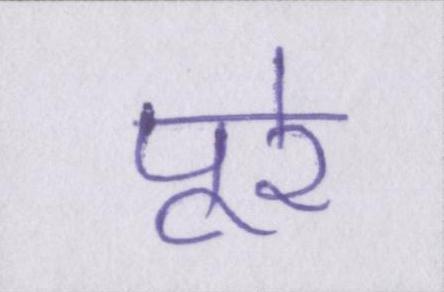
पूरे